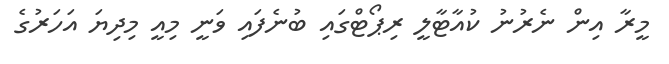
މީރާ އިން ނެރުނު ކުއާޓާލީ ރިޕޯޓްގައި ބުނެފައި ވަނީ މިއީ މިދިޔަ އަހަރުގެ